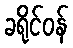
ခရိုင်ဝန်